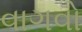
વાગવો